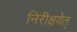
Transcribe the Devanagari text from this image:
निरीक्षयेत्